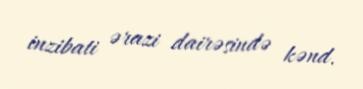
inzibati ərazi dairəsində kənd.